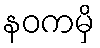
နဝကမှိ